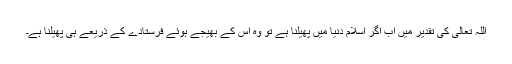
اللہ تعالیٰ کی تقدیر میں اب اگر اسلام دنیا میں پھیلنا ہے تو وہ اس کے بھیجے ہوئے فرستادے کے ذریعے ہی پھیلنا ہے۔